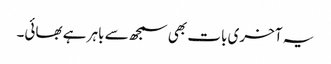
یہ آخری بات بھی سمجھ سے باہر ہے بھائی۔